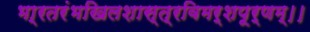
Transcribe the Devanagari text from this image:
भा्रतरंभखिलशास्त्रविमर्शपूर्णम्।।